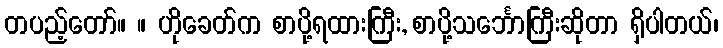
တပည့်တော်။ ။ ဟိုခေတ်က စာပို့ရထားကြီး, စာပို့သင်္ဘောကြီးဆိုတာ ရှိပါတယ်၊